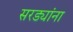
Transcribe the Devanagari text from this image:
सरड्यांना